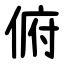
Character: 俯